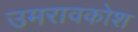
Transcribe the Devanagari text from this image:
उमरावकोश